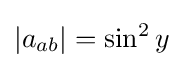
|a_{ab}|=\sin ^{2}y